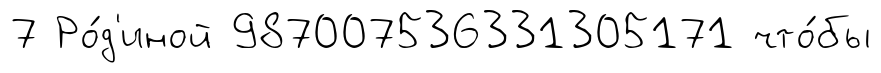
7 Ро́д'иной 987007536331305171 что́бы